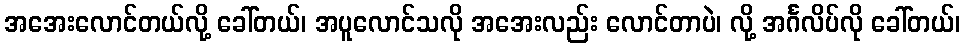
အအေးလောင်တယ်လို့ ခေါ်တယ်၊ အပူလောင်သလို အအေးလည်း လောင်တာပဲ၊ လို့ အင်္ဂလိပ်လို ခေါ်တယ်၊